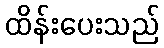
ထိန်းပေးသည်